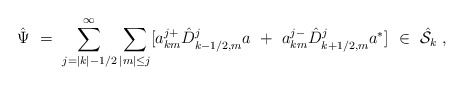
\begin{align*}{\hat \Psi}\ =\ \sum_{j=|k|-1/2}^{\infty} \sum_{|m|\le j} [a^{j+}_{km}{\hat D}^j_{k-1/2,m} a\ +\ a^{j-}_{km} {\hat D}^j_{k+1/2,m} a^* ]\ \in \ {\hat{\cal S}}_k \ ,\end{align*}